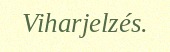
Viharjelzés.